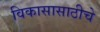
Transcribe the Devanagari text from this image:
विकासासाठीचे